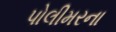
પોલીમરના